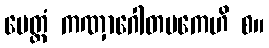
မေတ္တံ ကဏှာဂေါတမကေဟိ စ။